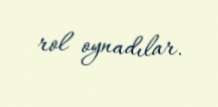
rol oynadılar.